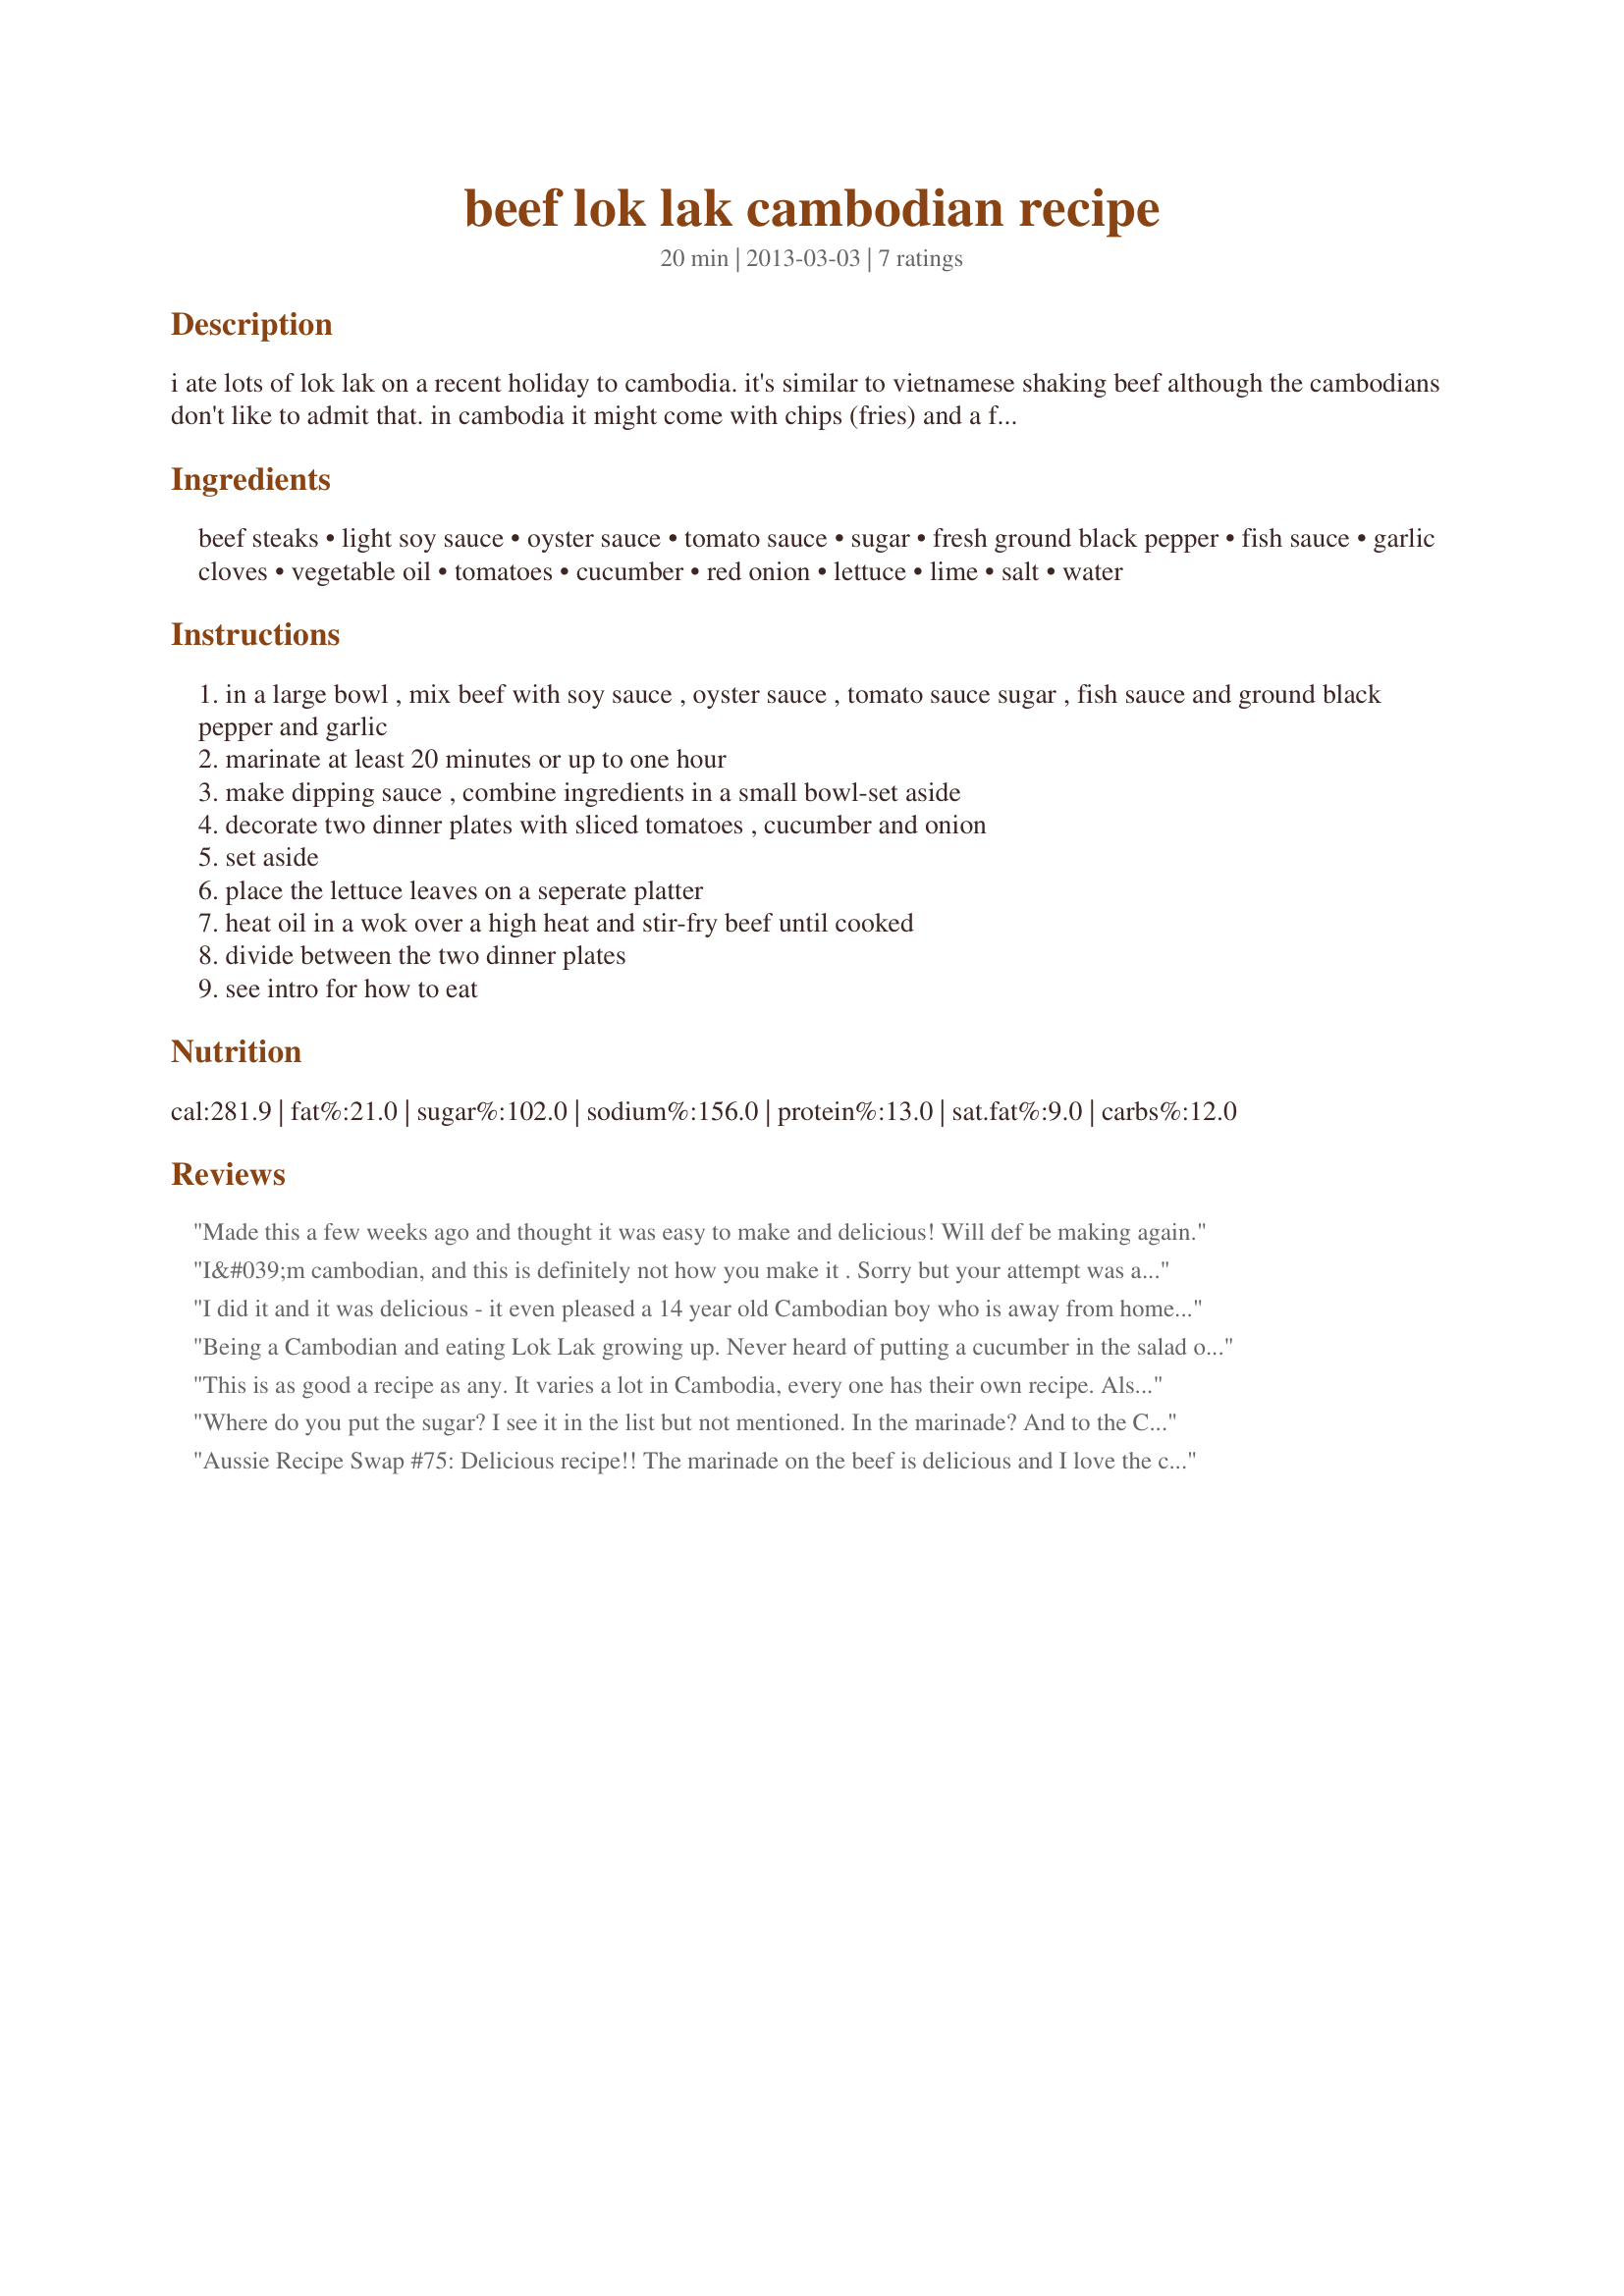
beef lok lak cambodian recipe
Preparation time: 20 minutes

i ate lots of lok lak on a recent holiday to cambodia. it's similar to vietnamese shaking beef although the cambodians don't like to admit that. in cambodia it might come with chips (fries) and a fried egg or rice-i liked the rice option. you eat it by wrapping portions of the meat and salad ingredients in a lettuce leaf, then dipping that in the dipping sauce (the best part of it i reckon). sometimes the meat is sliced, sometimes it's cubed-i prefer slices. semi ripe tomatoes are preferred to ripe ones, but use what you have!

Ingredients:
beef steaks, light soy sauce, oyster sauce, tomato sauce, sugar, fresh ground black pepper, fish sauce, garlic cloves, vegetable oil, tomatoes, cucumber, red onion, lettuce, lime, salt, water

Steps:
in a large bowl , mix beef with soy sauce , oyster sauce , tomato sauce sugar , fish sauce and ground black pepper and garlic
marinate at least 20 minutes or up to one hour
make dipping sauce , combine ingredients in a small bowl-set aside
decorate two dinner plates with sliced tomatoes , cucumber and onion
set aside
place the lettuce leaves on a seperate platter
heat oil in a wok over a high heat and stir-fry beef until cooked
divide between the two dinner plates
see intro for how to eat

Reviews:
Made this a few weeks ago and thought it was easy to make and delicious! Will def be making again.
I&#039;m cambodian, and this is definitely not how you make it . Sorry but your attempt was an epic fail.
I did it and it was delicious - it even pleased a 14 year old Cambodian boy who is away from home. Added sauteed zucchini from the garden and fresh lettuce too. Just left out the cucumbers - can't stand them. Well done - it may not be like other recipes but it was fresh and tasty and the balance of oyster and fish sauce seemed great to me.
Being a Cambodian and eating Lok Lak growing up. Never heard of putting a cucumber in the salad or using ketchup in the sauce. YUCK.
This is as good a recipe as any. It varies a lot in Cambodia, every one has their own recipe. Also it's originally a Vietnamese dish, B&ograve; l&uacute;c l?c, so the Cambodian version is basically copy. Laos and Thailand have similar dishes called yam nua (thai) and yam sin ngua (lao). There are not rules, just marinate beef in salt, pepper and lime, grill and add to some greens.
Where do you put the sugar? I see it in the list but not mentioned. In the marinade? And to the Cambodians why dont you tell whats wrong in the recipe instead? Ive eaten this in both phenom phen and sieam reap and its not far off.
Aussie Recipe Swap #75: Delicious recipe!! The marinade on the beef is delicious and I love the cool, crisp veggies the meat is served over and the sauce is amazing! A delicious dish!
